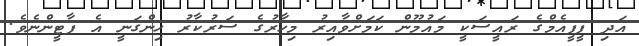
އަދި ޕީޕީއެމްގެ ރައީސަކީ މައުމޫން ކަމަށްވާއިރު މިހާރުގެ ސަރުކާރު ހިންގަނީ އެ ޕާޓީންނެވެ.